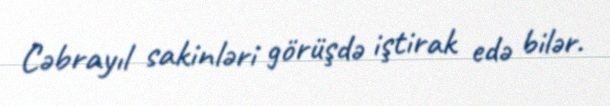
Cəbrayıl sakinləri görüşdə iştirak edə bilər.